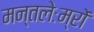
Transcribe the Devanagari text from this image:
मन्तलेःम्रों